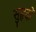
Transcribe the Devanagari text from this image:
सुहृदों